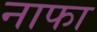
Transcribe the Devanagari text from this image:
नाफा